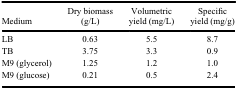
<table><thead><tr><td><b>Medium</b></td><td><b>Dry biomass (g/L)</b></td><td><b>Volumetric yield (mg/L)</b></td><td><b>Specific yield (mg/g)</b></td></tr></thead><tbody><tr><td>LB</td><td>0.63</td><td>5.5</td><td>8.7</td></tr><tr><td>TB</td><td>3.75</td><td>3.3</td><td>0.9</td></tr><tr><td>M9 (glycerol)</td><td>1.25</td><td>1.2</td><td>1.0</td></tr><tr><td>M9 (glucose)</td><td>0.21</td><td>0.5</td><td>2.4</td></tr></tbody></table>